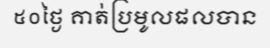
៥០ថ្ងៃ គាត់ប្រមូលផលបាន